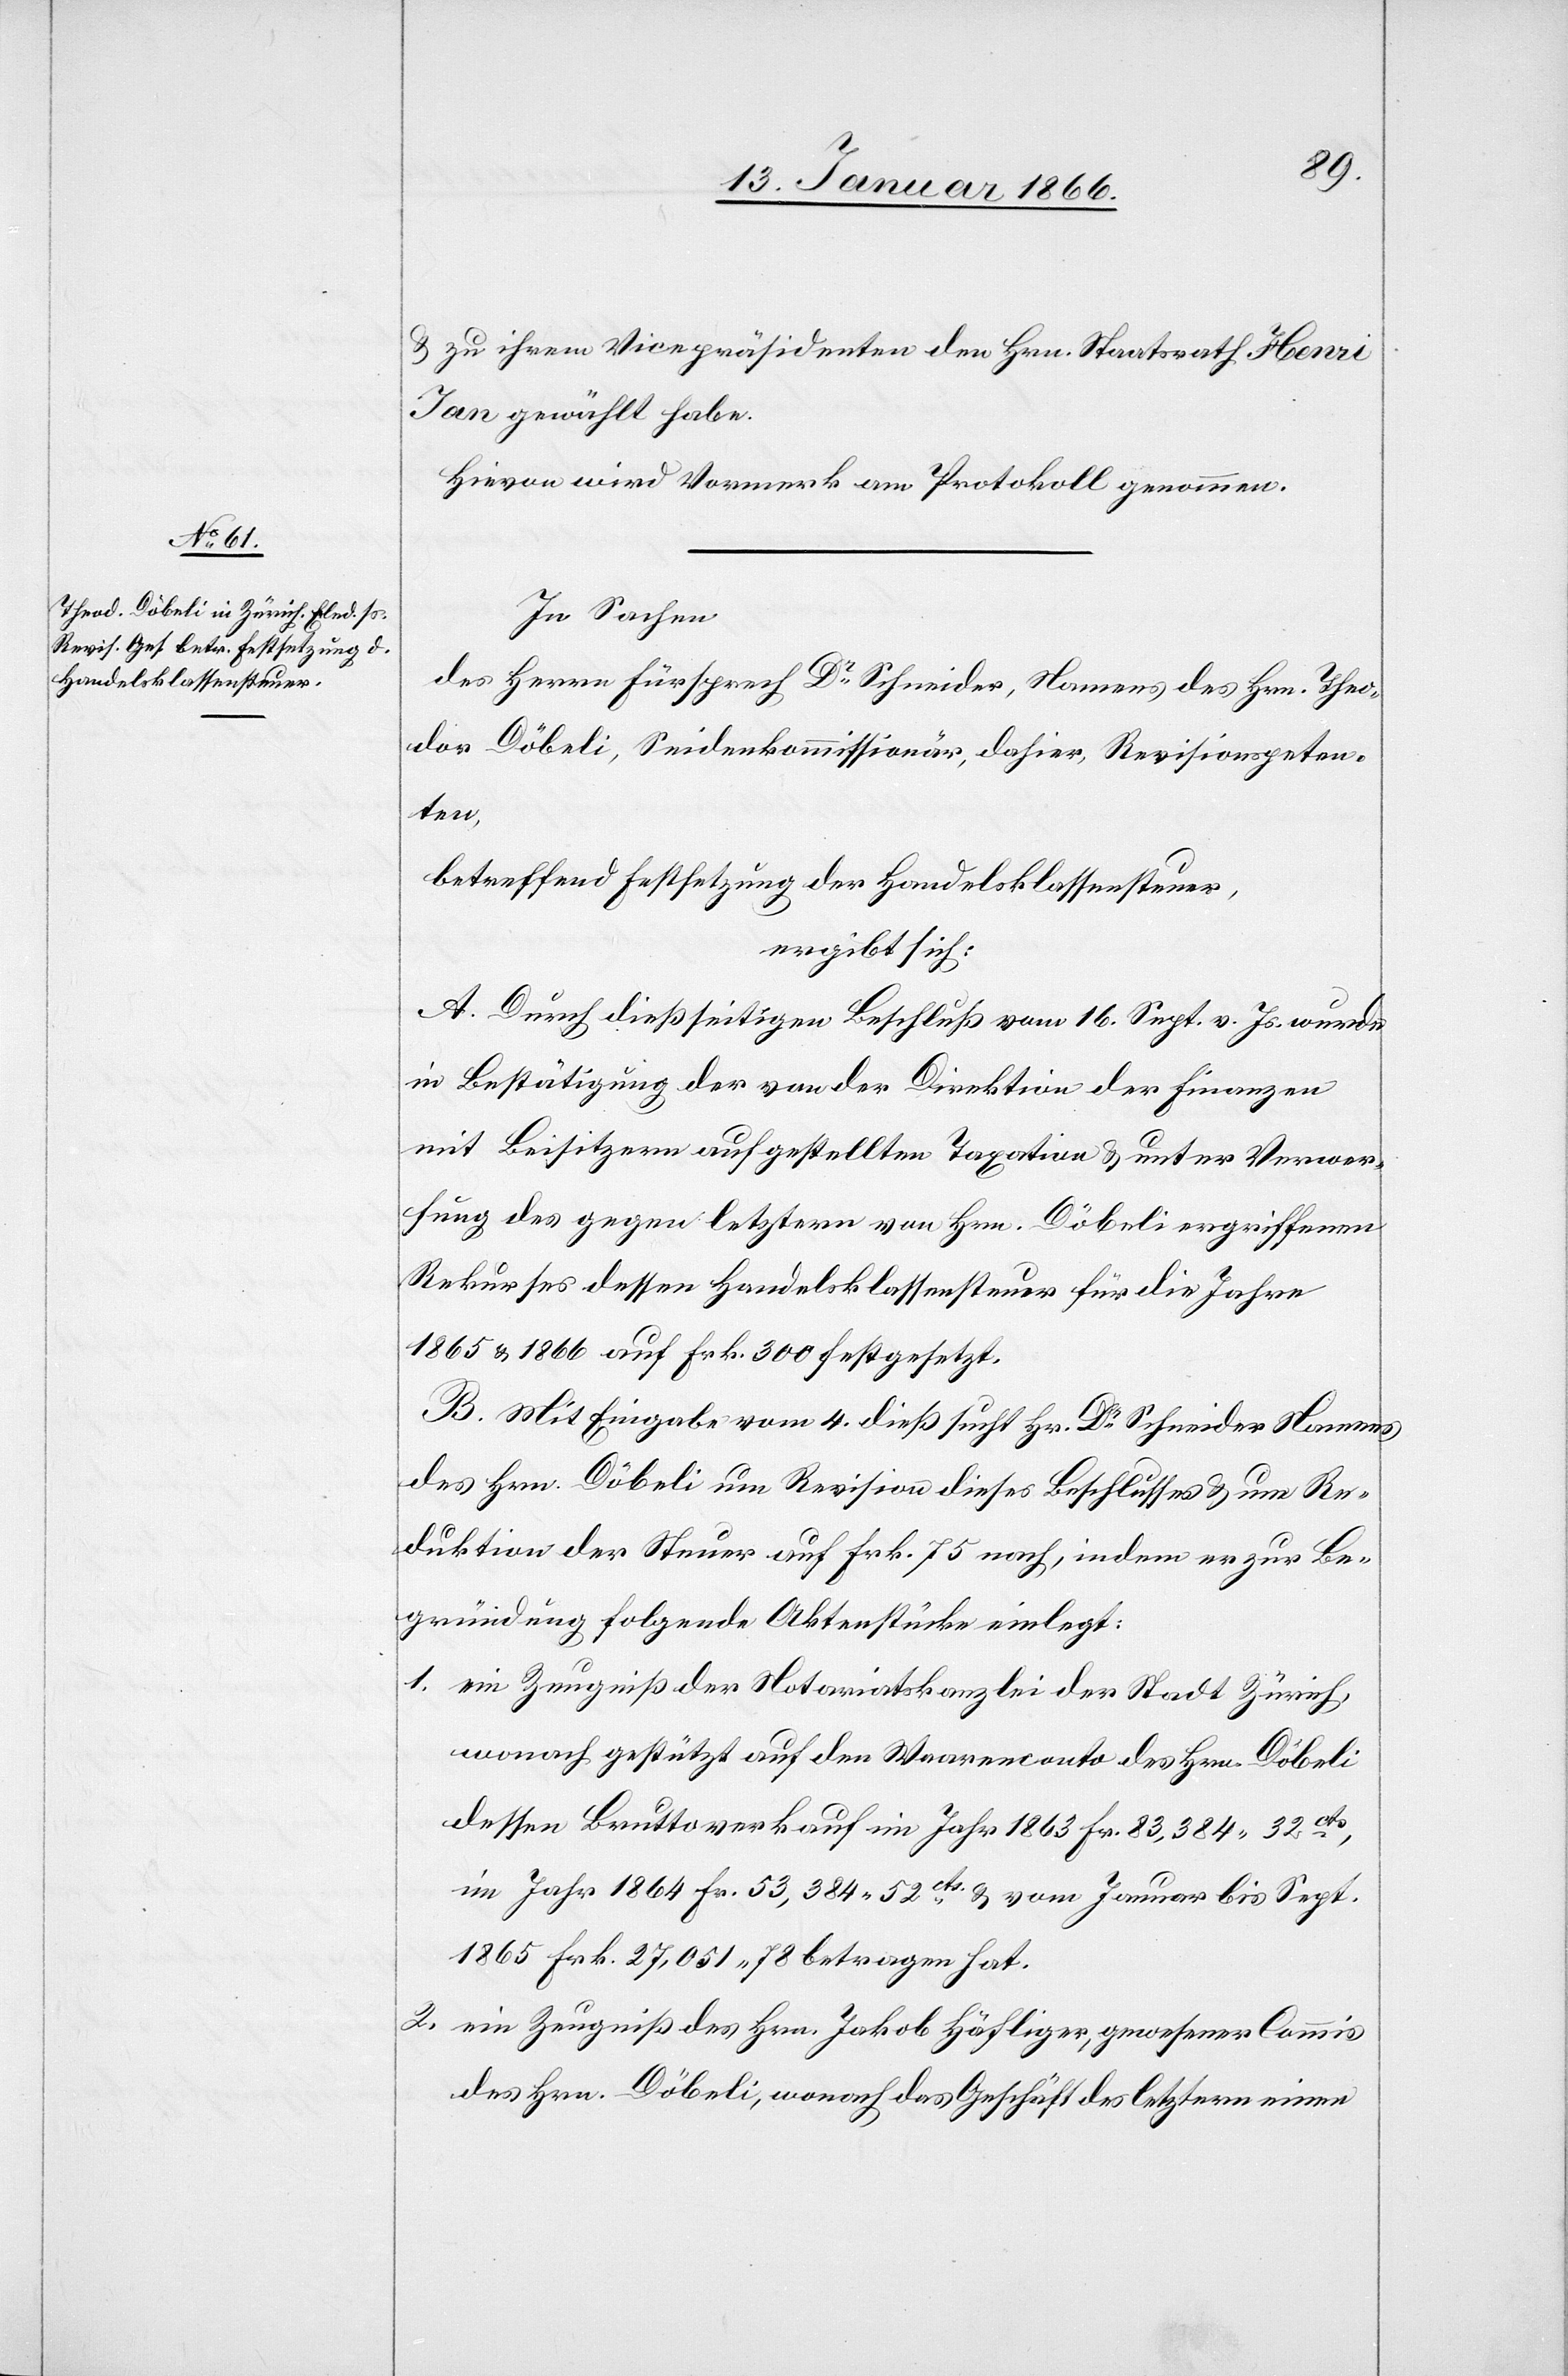
u. zu ihrem Vicepräsidenten den Hrn. Staatsrath Henri
Jan gewählt habe.
Hievon wird Vormerk am Protokoll genommen.
In Sachen
des Herrn Fürsprech Dr. Schneider, Namens des Hrn. Theo¬
dor Döbeli, Seidenkommissionär, dahier, Revisionspeten¬
ten,
betreffend Festsetzung der Handelsklassensteuer,
ergibt sich:
A. Durch dießseitigen Beschluß vom 16. Sept. v. Js. wurde
in Bestätigung der von der Direktion der Finanzen
mit Beisitzern aufgestellten Taxation u. unter Verwer¬
fung des gegen letztern von Hrn. Döbeli ergriffenen
Rekurses dessen Handelsklassensteuer für die Jahre
1865 u. 1866 auf Frk. 300 festgesetzt.
B. Mit Eingabe vom 4. dieß sucht Hr. Dr. Schneider Namens
des Hrn. Döbeli um Revision dieses Beschlusses u. um Re¬
duktion der Steuer auf Frk. 75 nach, indem er zur Be¬
gründung folgende Aktenstücke einlegt:
1. ein Zeugniß der Notariatskanzlei der Stadt Zürich,
wonach gestützt auf den Warenconto des Hrn. Döbeli
dessen Bruttoverkauf im Jahr 1863 Fr. 83,384,32cts,
im Jahr 1864 Fr. 53,384,52cts u. im Januar bis Sept.
1865 Frk. 27,051,78 betragen hat.
2. ein Zeugniß des Hrn Jakob Häfliger, gewesener Commis
des Hrn. Döbeli, wonach das Geschäft des letztern einen